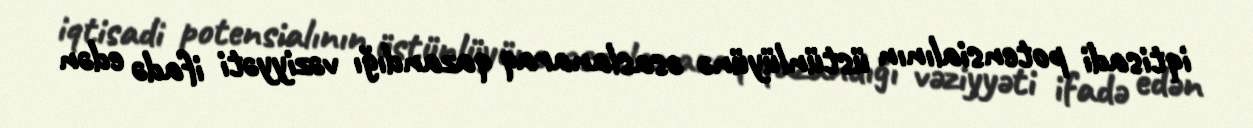
iqtisadi potensialının üstünlüyünə əsaslanaraq qazandığı vəziyyəti ifadə edən